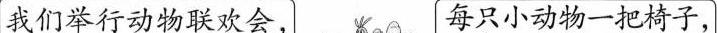
我们举行动物联欢会， 每只小动物一把椅子，